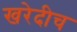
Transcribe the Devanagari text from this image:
खरेदीच